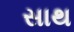
સાથ